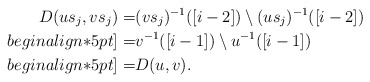
\begin{align*}D(us_j,vs_j)=& (vs_j)^{-1}([i-2])\setminus (us_j)^{-1}([i-2])\\begin{align*}5pt]=& v^{-1}([i-1])\setminus u^{-1}([i-1])\\begin{align*}5pt]=&D(u,v).\end{align*}